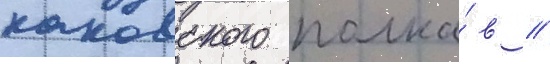
каковского полка́ в //